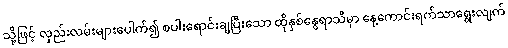
သို့ဖြင့် လှည်းလမ်းများပေါက်၍ စပါးရောင်းချပြီးသော ထိုနှစ်နွေရာသီမှာ နေ့ကောင်းရက်သာရွေးလျက်